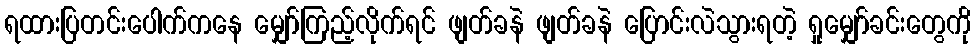
ရထားပြတင်းပေါက်ကနေ မျှော်ကြည့်လိုက်ရင် ဖျတ်ခနဲ ဖျတ်ခနဲ ပြောင်းလဲသွားရတဲ့ ရှုမျှော်ခင်းတွေကို